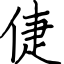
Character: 倢